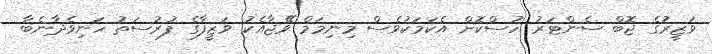
ވަޒީރުގެ ޖޮބް ސެންޓަރު ހުސްކޮށް އެކަމަކުވެސް މިނިމަމް ވޭޭޖާއެކު ވަޒީފާގެ ފުރުސަތު ހަނިވެދާނެބާ